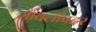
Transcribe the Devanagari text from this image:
मावलीपदर